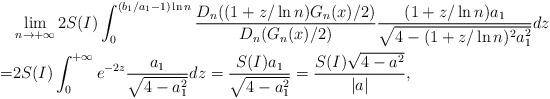
LaTeX: \begin{align*}&\lim_{n\to+\infty}2S(I)\int_{0}^{(b_1/a_1-1)\ln n}\frac{D_n((1+z/\ln n) G_n(x)/2)}{D_n(G_n(x)/2)}\frac{(1+z/\ln n)a_1}{\sqrt{4-(1+z/\ln n)^2a_1^2}}dz\\=&2S(I)\int_{0}^{+\infty}e^{-2z}\frac{a_1}{\sqrt{4-a_1^2}}dz=\frac{S(I)a_1}{\sqrt{4-a_1^2}}=\frac{S(I)\sqrt{4-a^2}}{|a|},\end{align*}